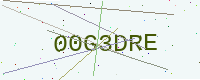
Text: 00G3DRE